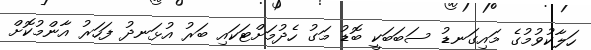
ހަލާކުވުމުގެ މައިގަނޑު ސަބަބަކީ ބޮޑު މަގު ހެދުމަށްޓަކައި ބަރު އުޅަނދު ފަހަރު އާންމުކޮށް